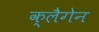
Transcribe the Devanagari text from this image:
क्लैगेन